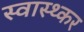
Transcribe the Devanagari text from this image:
स्वास्थ्कर